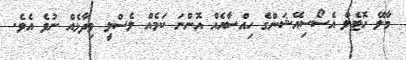
މާލޭ ހޮޓެލް އެސޯސިއޭޝަންގެ ހިއްސާއެއް އޮންނަ ކަމެއް ލެސްލީ ވިދާޅެއް ނުވެ އެވެ.